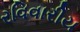
રવિવારીય